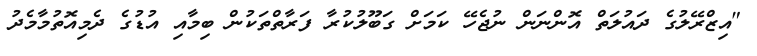
"އިޒްރޭލުގެ ދައުލަތް އޮންނަން ނުޖެހޭ ކަމަށް ގަބޫލުކުރާ ފަރާތްތަކުން ބިމާއި އުޑުގެ ދެމިއޮތުމާމެދު